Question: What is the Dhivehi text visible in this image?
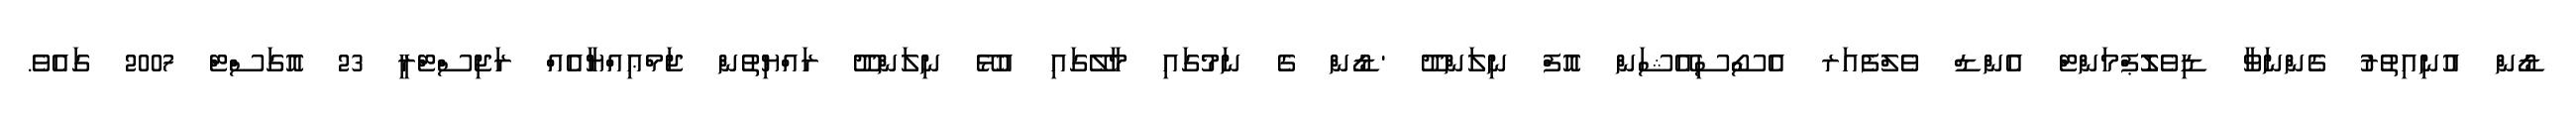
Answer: ޑޯން އުނިއިތުރު ގެންނަވާ ޑިވެލޮޕްމަންޓް އެންޑް ވެލްފެއަރ އެސޯސިއޭޝަން އޮފް ނިލަންދޫ 'ޑޯން ގެ ނަމުގައި މާލޭގައި އުޅޭ ނިލަންދޫ ރައްޔިތުން ޖަމްޢިއްޔާއެއް ރަޖިސްޓްރީ 23 އޮގަސްޓް 2007 ގައެވެ.